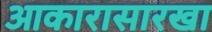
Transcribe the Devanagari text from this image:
आकारासारखा